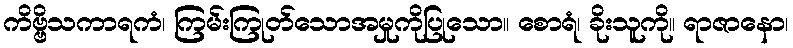
ကိဗ္ဗိသကာရကံ၊ ကြမ်းကြုတ်သောအမှုကိုပြုသော။ စောရံ၊ ခိုးသူကို။ ရာဇာနော၊